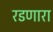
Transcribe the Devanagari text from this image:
रडणारा